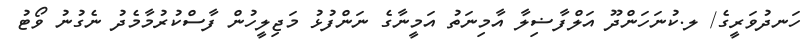
ހަނދުވަރީގެ/ ލ.ކުނަހަންދޫ އަލްފާޟިލާ އާމިނަތު އަމީނާގެ ނަންފުޅު މަޖިލީހުން ފާސްކުރުމާމެދު ނެގުނު ވޯޓު